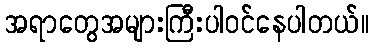
အရာတွေအများကြီးပါဝင်နေပါတယ်။